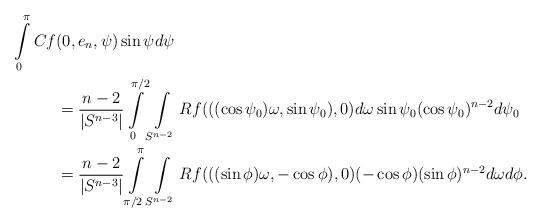
LaTeX: \begin{align*} \int\limits_0^{\pi}Cf&(0,e_n,\psi)\sin\psi d\psi\\&=\frac{n-2}{|S^{n-3}|}\int\limits_0^{\pi/2}\int\limits_{S^{n-2}}Rf(((\cos\psi_0)\omega,\sin \psi_0),0)d\omega \sin\psi_0(\cos\psi_0)^{n-2} d\psi_0\\&=\frac{n-2}{|S^{n-3}|}\int\limits_{\pi/2}^\pi \int\limits_{S^{n-2}}Rf(((\sin \phi) \omega,-\cos \phi),0) (-\cos\phi)(\sin\phi)^{n-2} d\omega d\phi.\end{align*}